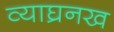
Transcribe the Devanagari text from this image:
व्याघ्रनख